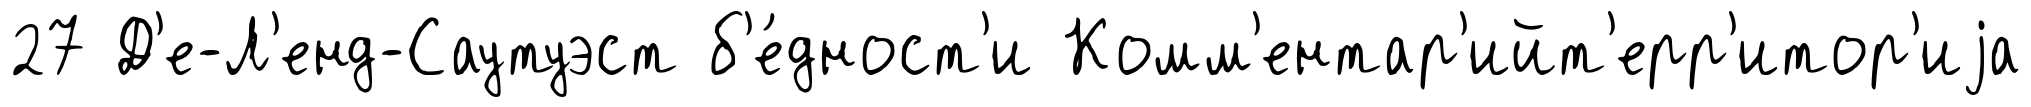
27 Д'е-Л'енд-Саутуэст б'е́дност'и Комм'ентар'ийт'ерр'итор'иjа